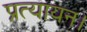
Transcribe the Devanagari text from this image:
प्रत्यायन।